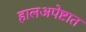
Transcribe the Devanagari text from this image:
हालअपेष्टात